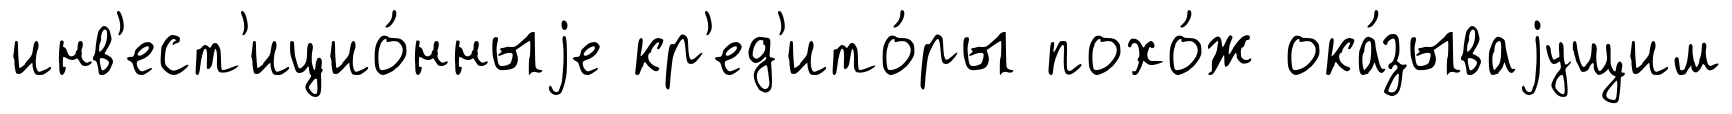
инв'ест'ицио́нныjе кр'ед'ито́ры похо́ж ока́зываjущим